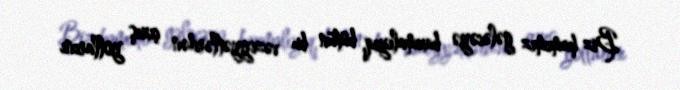
Biz hamımız gələcəyə baxmalıyıq, bütün bu vəziyyətlərdən çıxış yollarını